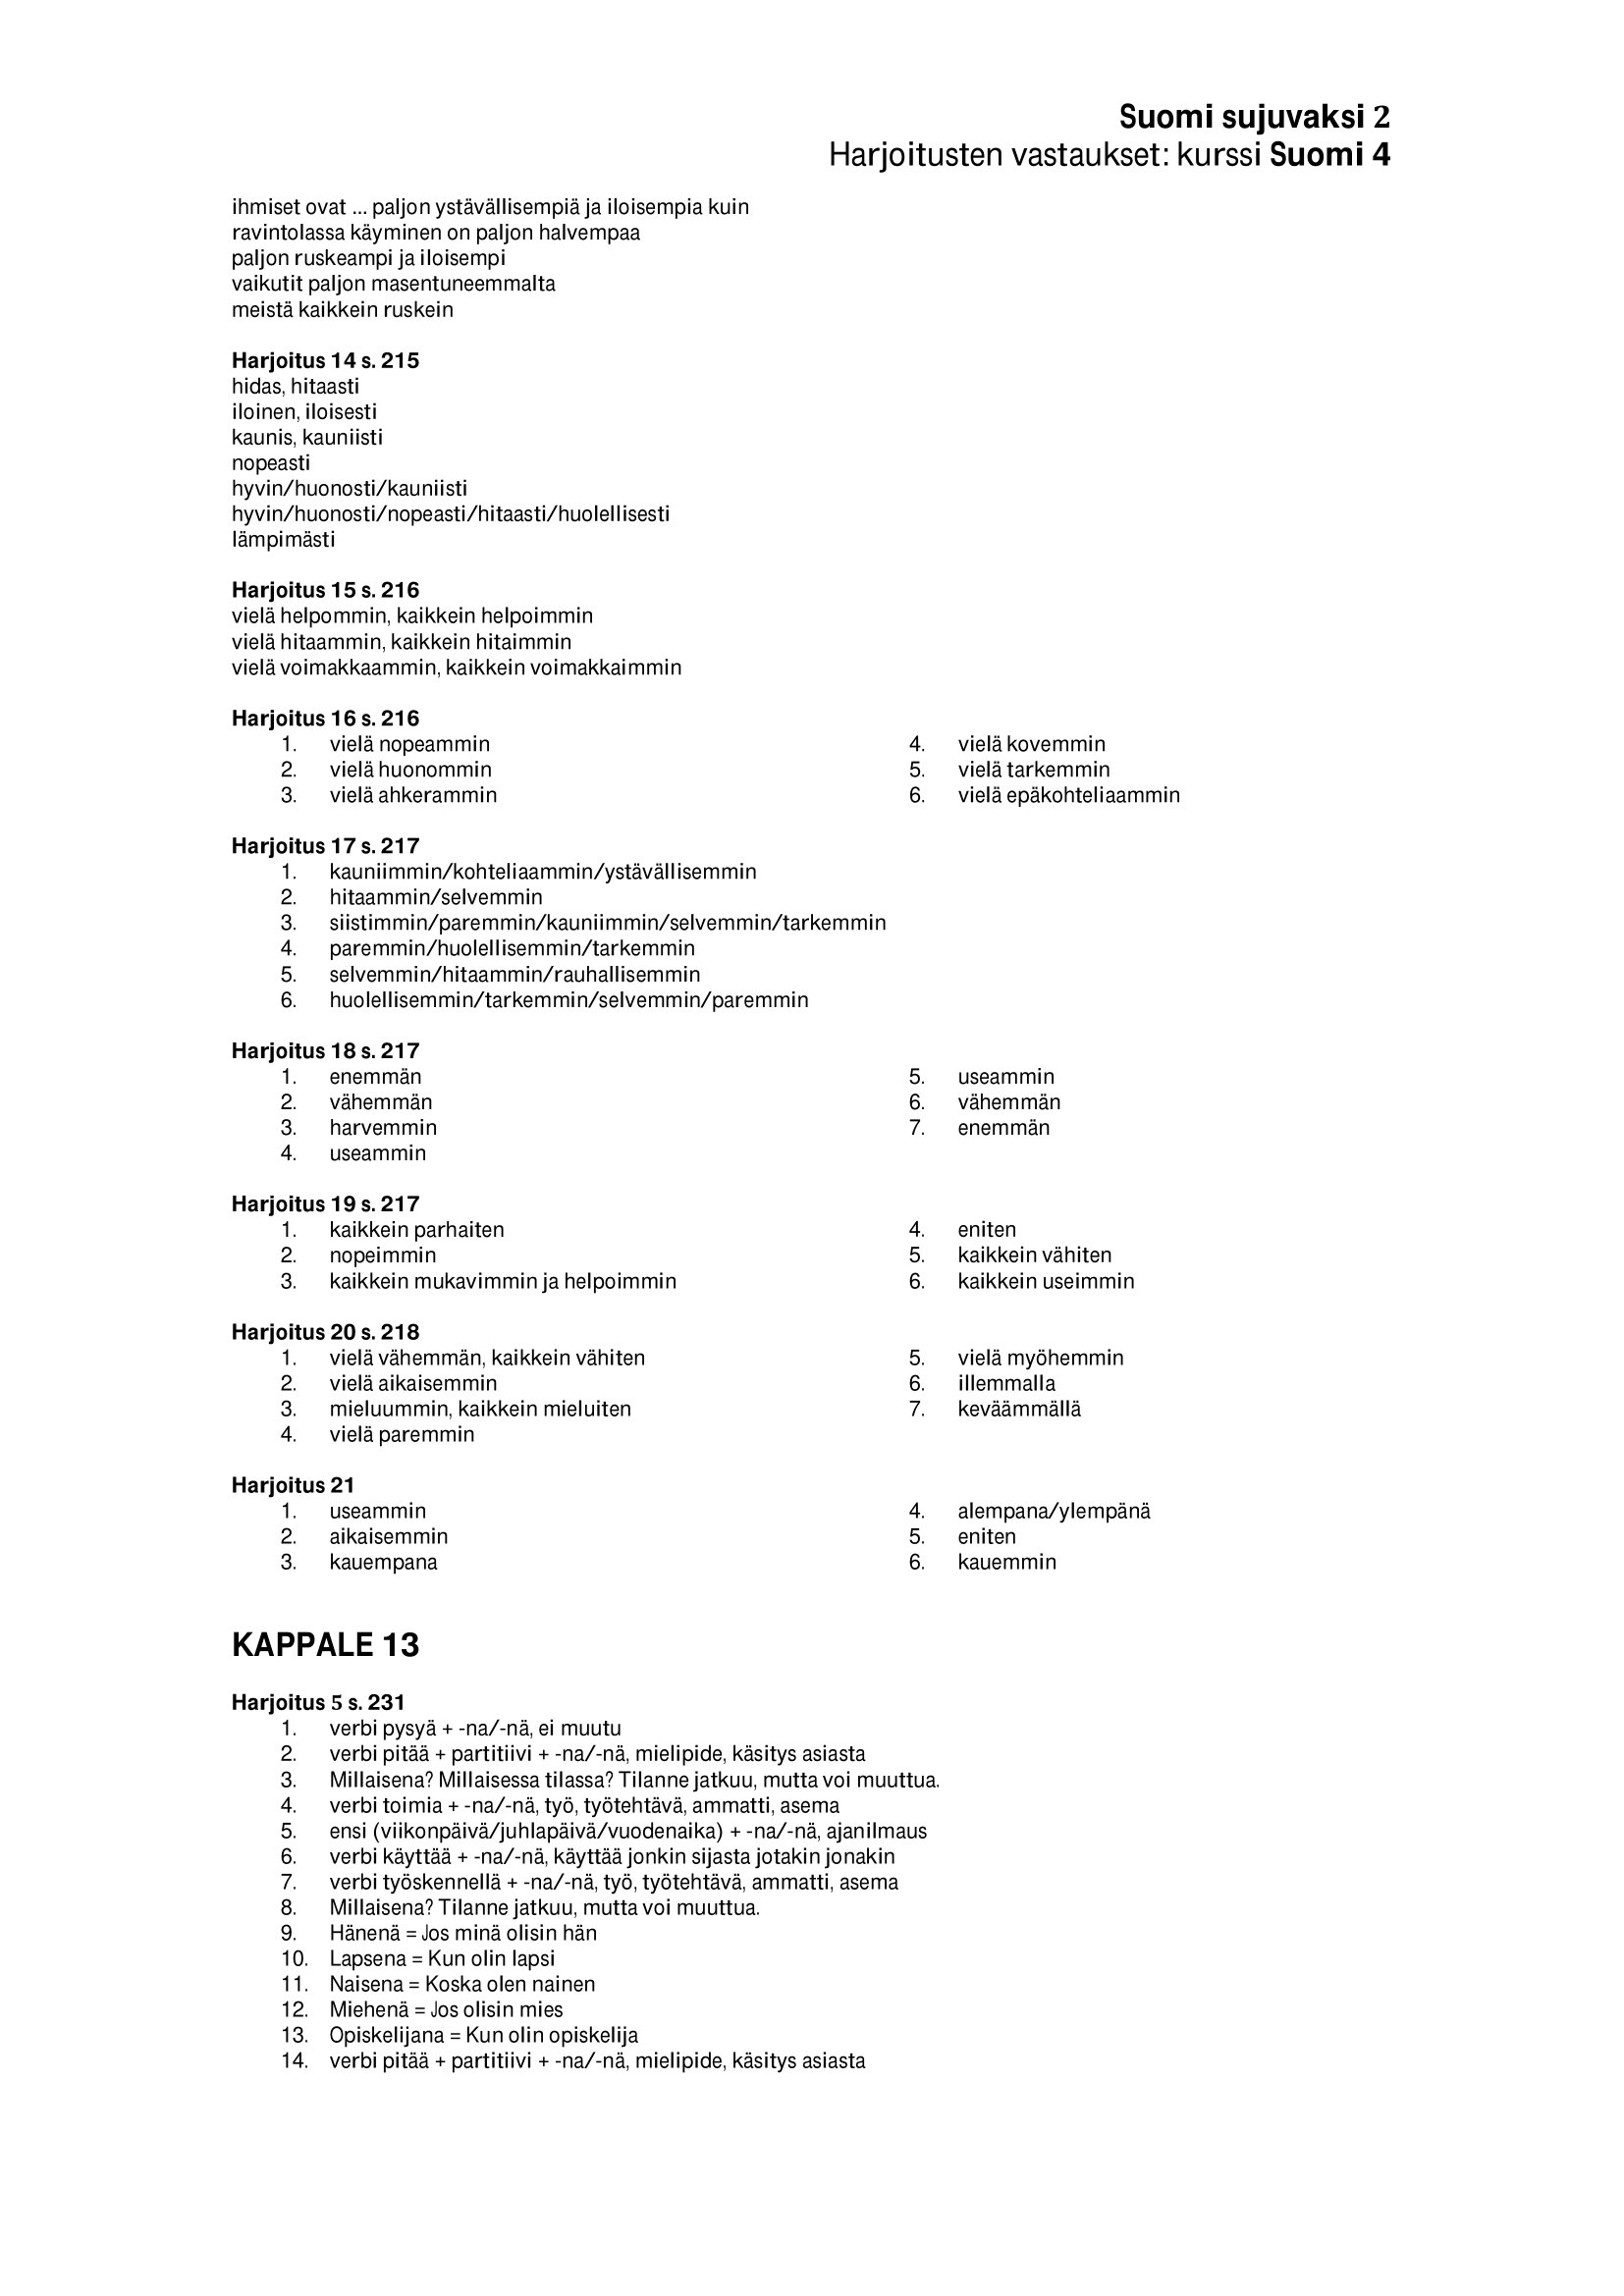
Language: fn